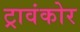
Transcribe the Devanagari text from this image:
ट्रावंकोर